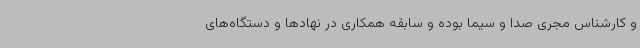
و کارشناس مجری صدا و سیما بوده و سابقه همکاری در نهادها و دستگاه‌های